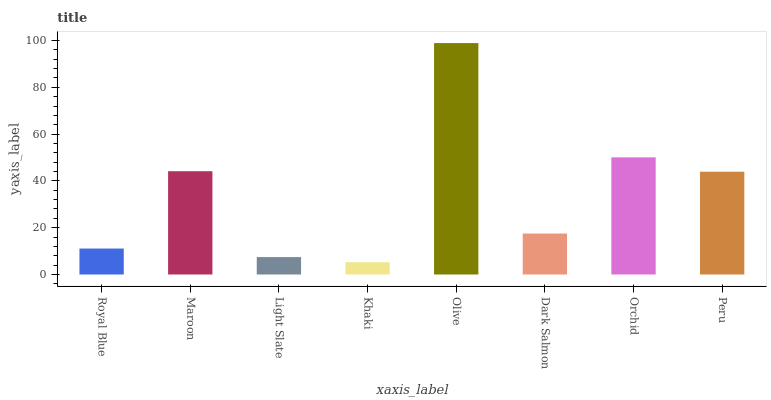
| xaxis_label | bars |
 | --- | --- |
 | Royal Blue | 11.1 |
 | Maroon | 44.1 |
 | Light Slate | 7.44 |
 | Khaki | 5.24 |
 | Olive | 98.9 |
 | Dark Salmon | 17.5 |
 | Orchid | 50.1 |
 | Peru | 43.9 |